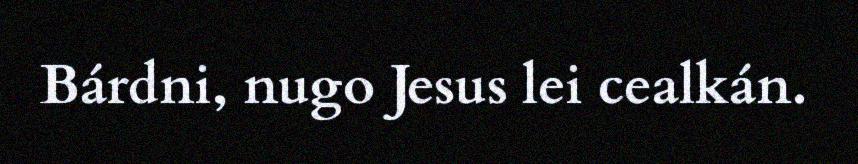
Bárdni, nugo Jesus lei cealkán.